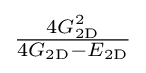
{\tfrac {4G_{\mathrm {2D} }^{2}}{4G_{\mathrm {2D} }-E_{\mathrm {2D} }}}